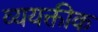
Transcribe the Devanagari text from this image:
व्ययक्तीक